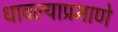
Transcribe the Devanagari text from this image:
धावल्याप्रमाणे